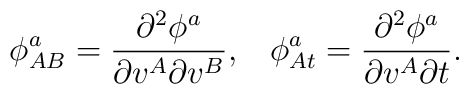
\phi _{AB}^a=\frac{\partial ^2\phi ^a}{\partial v^A\partial v^B},\;\;\;\phi_{At}^a=\frac{\partial ^2\phi ^a}{\partial v^A\partial t}.